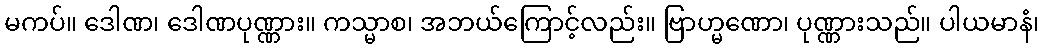
မကပ်။ ဒေါဏ၊ ဒေါဏပုဏ္ဏား။ ကသ္မာစ၊ အဘယ်ကြောင့်လည်း။ ဗြာဟ္မဏော၊ ပုဏ္ဏားသည်။ ပါယမာနံ၊